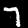
Label: 7